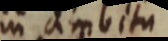
in ambita